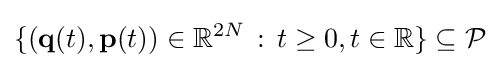
\{(\mathbf {q} (t),\mathbf {p} (t))\in \mathbb {R} ^{2N}\,:\,t\geq 0,t\in \mathbb {R} \}\subseteq {\mathcal {P}}